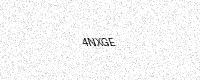
Text: 4NXGE